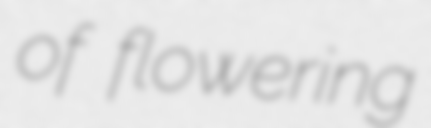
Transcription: of flowering